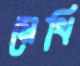
মেথি